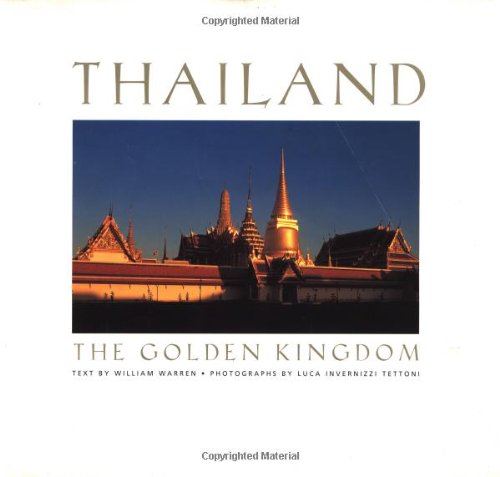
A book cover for Thailand: The Golden Kingdom; William Warren et al; Travel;